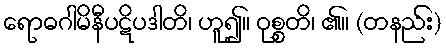
ရောဓဂါမိနီပဋိပဒါတိ၊ ဟူ၍။ ဝုစ္စတိ၊ ၏။ (တနည်း)